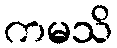
ကမသိ